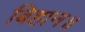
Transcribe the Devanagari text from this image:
बिहान॥